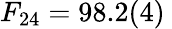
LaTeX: F_{24}=98.2(4)\